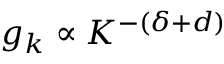
g _ { k } \propto K ^ { - ( \delta + d ) }